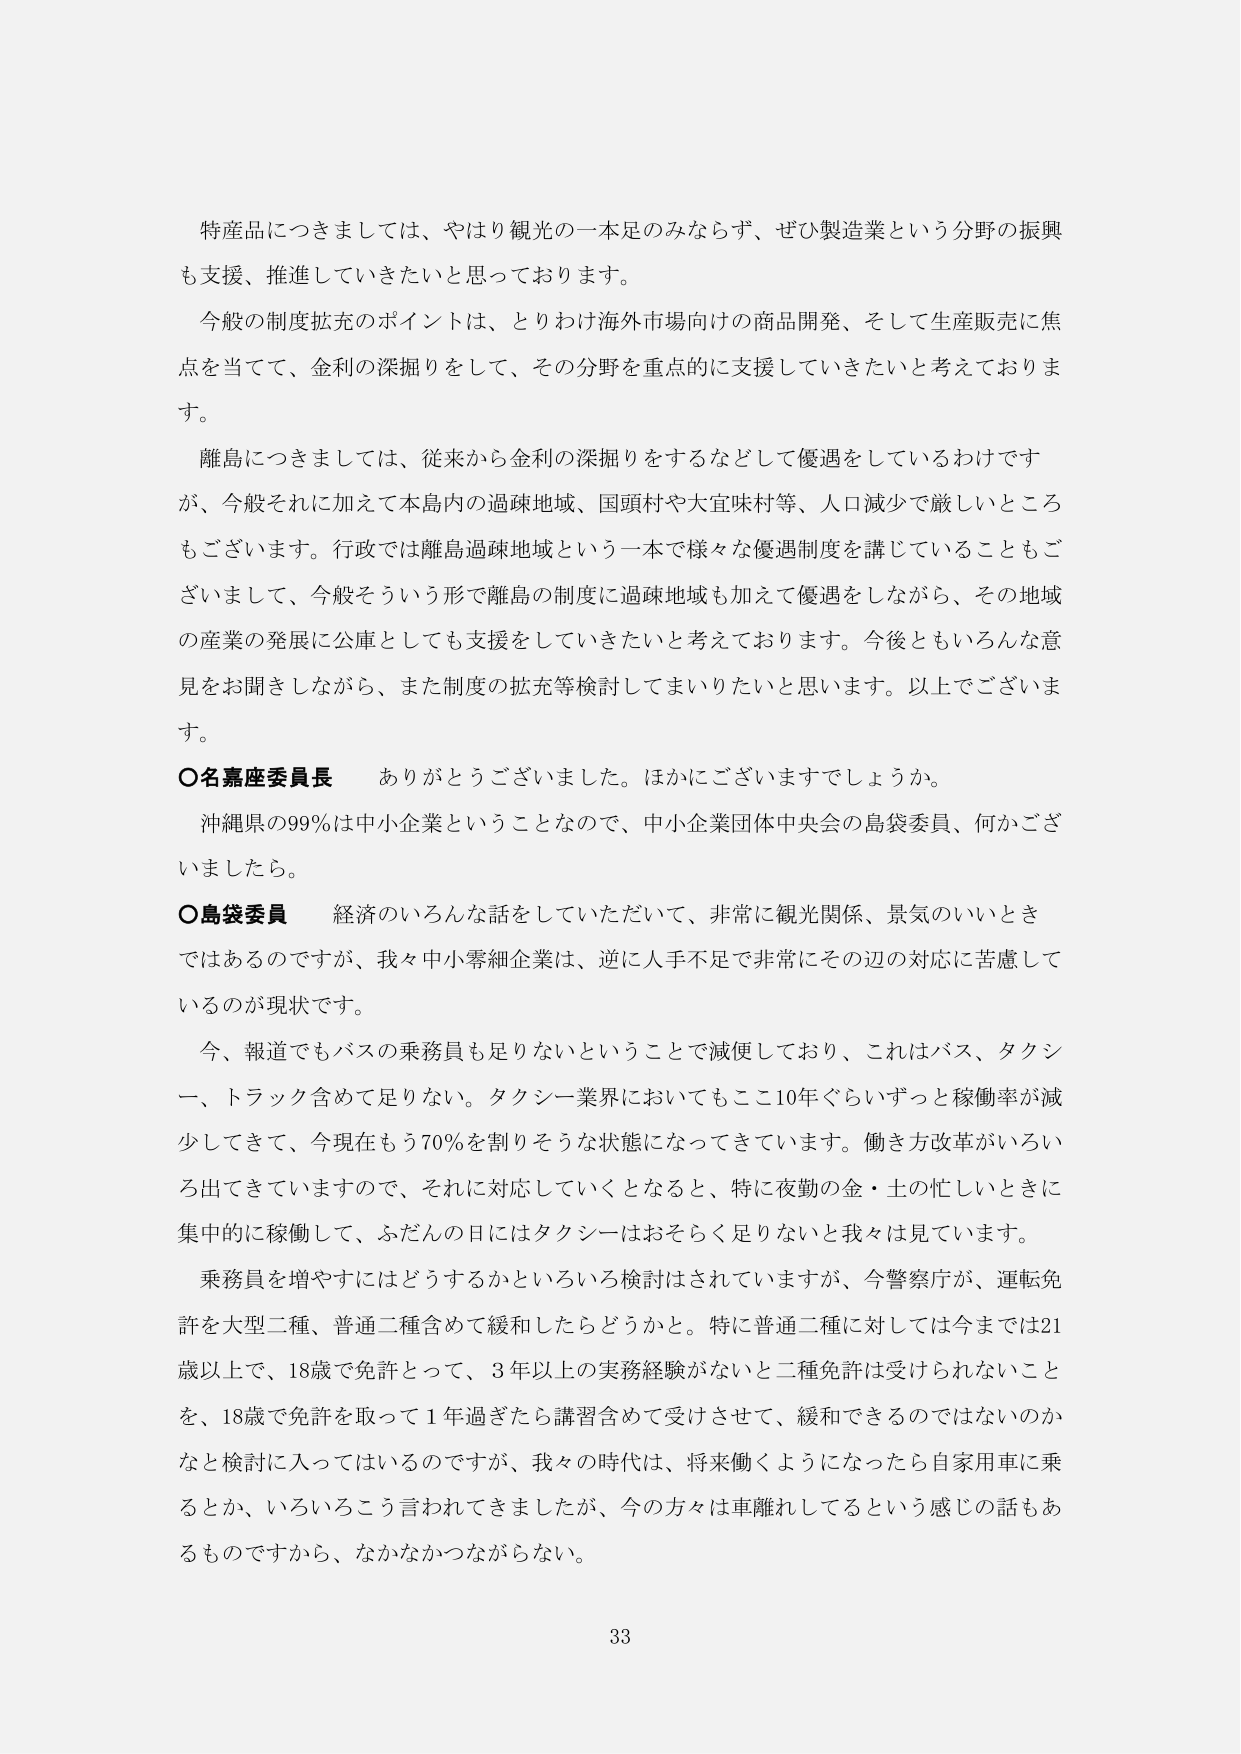
特産品につきましては、やはり観光の一本足のみならず、ぜひ製造業という分野の振興も支援、推進していきたいと思っております。

今般の制度拡充のポイントは、とりわけ海外市場向けの商品開発、そして生産販売に焦点を当てて、金利の深掘りをして、その分野を重点的に支援していきたいと考えております。

離島につきましては、従来から金利の深掘りをするなどして優遇しているわけですが、今般それに加えて本島内の過疎地域、国頭村や大宜味村等、人口減少で厳しいところもございます。行政では離島過疎地域という一本で様々な優遇制度を講じていることもございまして、今般そういう形で離島の制度に過疎地域も加えて優遇をしながら、その地域の産業の発展に公庫としても支援をしていきたいと考えております。今後ともいろんな意見をお聞きしながら、また制度の拡充等検討してまいりたいと思います。以上でございます。

○名嘉座委員長　ありがとうございました。ほかにございますでしょうか。

沖縄県の99％は中小企業ということなので、中小企業団体中央会の島袋委員、何かございましたら。

○島袋委員　経済のいろんな話をしていただいて、非常に観光関係、景気のいいときではあるのですが、我々中小零細企業は、逆に人手不足で非常にその辺の対応に苦慮しているのが現状です。

今、報道でもバスの乗務員も足りないということで減便しており、これはバス、タクシー、トラック含めて足りない。タクシー業界においてもここ10年ぐらいずっと稼働率が減少してきて、今現在もう70％を割りそうな状態になってきています。働き方改革がいろいろ出てきていますので、それに対応していくとなると、特に夜勤の金・土の忙しいときに集中的に稼働して、ふだんの日にはタクシーはおそらく足りないと我々は見ています。

乗務員を増やすにはどうするかといろいろ検討はされていますが、今警察庁が、運転免許を大型二種、普通二種含めて緩和したらどうかと。特に普通二種に対しては今までは21歳以上で、18歳で免許とって、3年以上の実務経験がないと二種免許は受けられないことを、18歳で免許を取って1年過ぎたら講習含めて受けさせて、緩和できるのではないかなど検討に入ってはいるのですが、我々の時代は、将来働くようになったら自家用車に乗るとか、いろいろこう言われてきましたが、今の方々は車離れしてるという感じの話もあるものですから、なかなかつながらない。

33